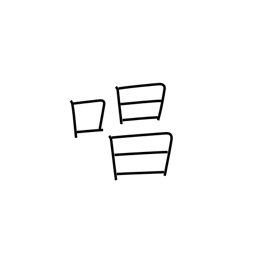
Meaning: chant